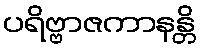
ပရိဗ္ဗာဇကာနန္တိ